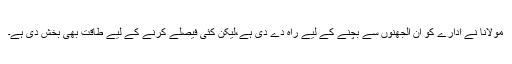
مولانا نے ادارے کو ان الجھنوں سے بچنے کے لیے راہ دے دی ہے،لیکن کئی فیصلے کرنے کے لیے طاقت بھی بخش دی ہے۔